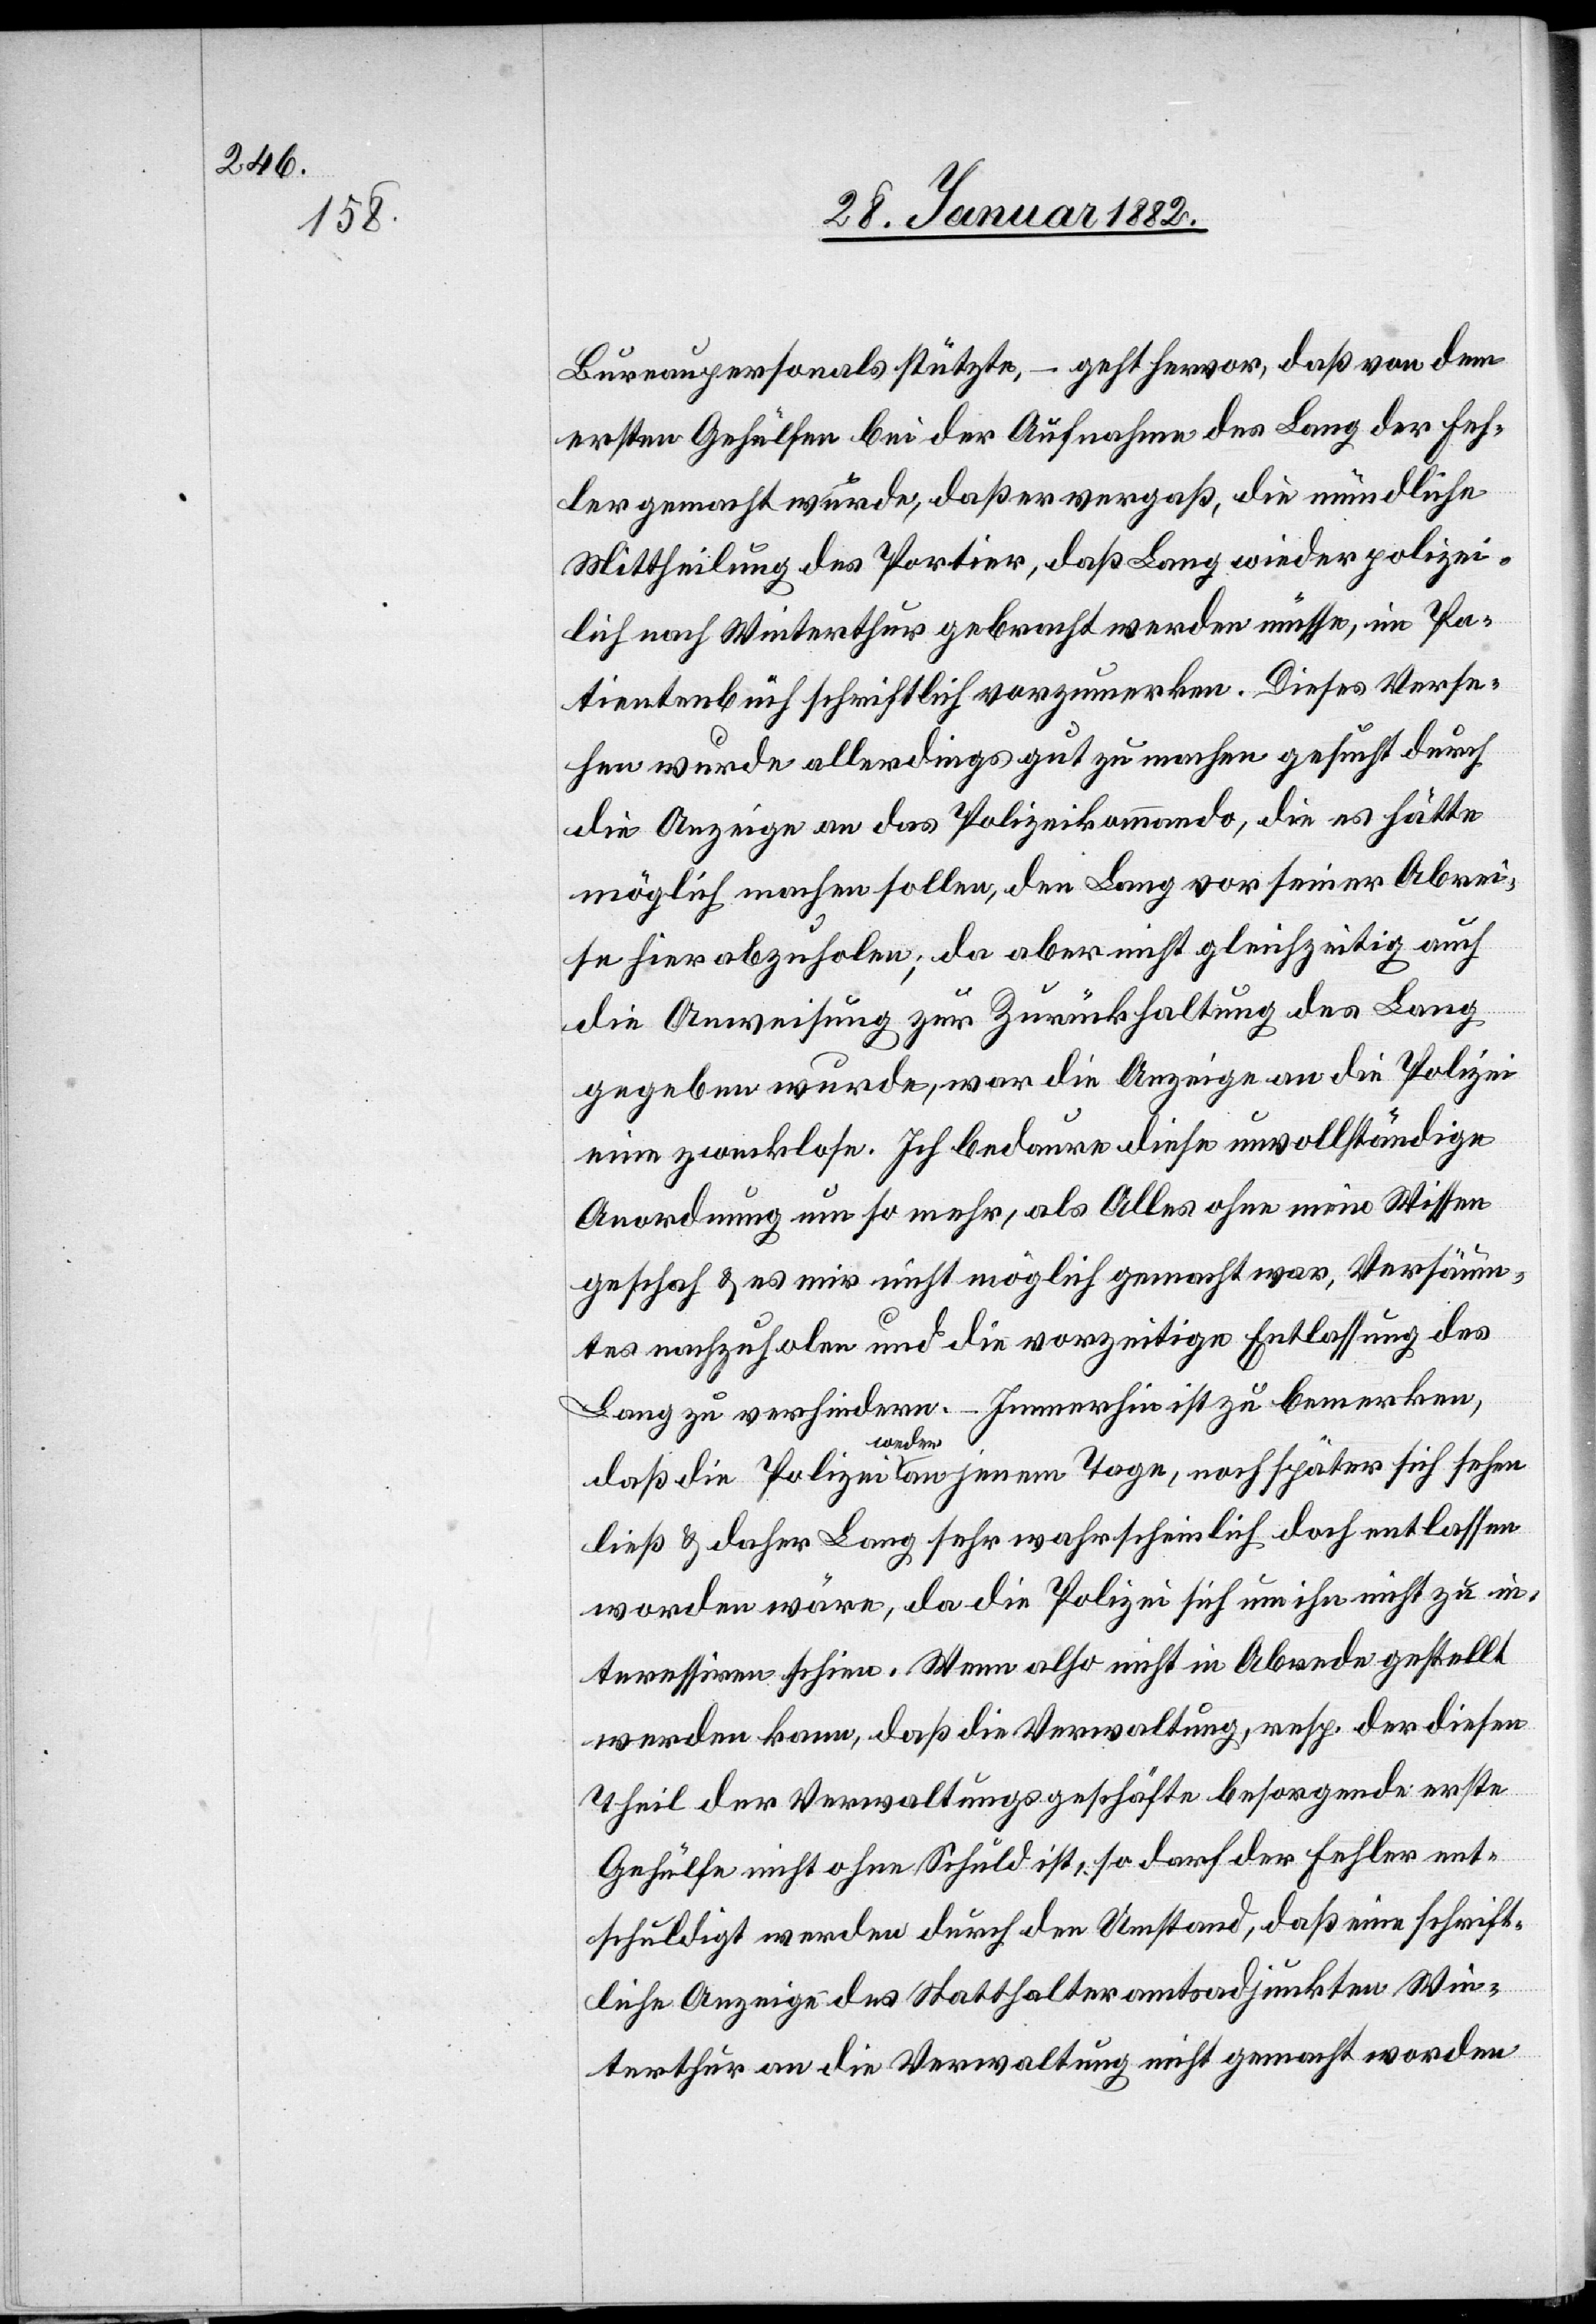
Bureaupersonals stützte,– geht hervor, daß von dem
ersten Gehülfen bei der Aufnahme des Lang der Feh¬
ler gemacht wurde, daß er vergaß, die mündliche
Mittheilung des Portier, daß Lang wieder polizei¬
lich nach Winterthur gebracht werden müsse, im Pa¬
tientenbuch schriftlich vorzumerken. Dieses Verse¬
hen wurde allerdings gut zu machen gesucht durch
die Anzeige an das Polizeikommando, die es hätte
möglich machen sollen, den Lang vor seiner Abrei¬
se hier abzuholen; da aber nicht gleichzeitig auch
die Anweisung zur Zurückhaltung des Lang
gegeben wurde, war die Anzeige an die Polizei
eine zwecklose. Ich bedaure diese unvollständige
Anordnung um so mehr, als Alles ohne mein Wissen
geschah & es mir nicht möglich gemacht war, Versäum¬
tes nachzuholen und die vorzeitige Entlassung des
Lang zu verhindern. – Immerhin ist zu bemerken,
daß die Polizei weder an jenem Tage, noch später sich sehen
ließ & daher Lang sehr wahrscheinlich doch entlassen
worden wäre, da die Polizei sich um ihn nicht zu in¬
teressieren schien. Wenn also nicht in Abrede gestellt
werden kann, daß die Verwaltung, resp. der diesen
Theil der Verwaltungsgeschäfte besorgende erste
Gehülfe nicht ohne Schuld ist, so kann doch der Fehler ent¬
schuldigt werden durch den Umstand, daß eine schrift¬
liche Anzeige des Statthalteramtsadjunkten Win¬
terthur an die Verwaltung nicht gemacht worden